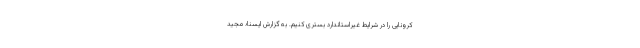
کرونایی را در شرایط غیراستاندارد بستری کنیم. به گزارش ایسنا؛ مجید